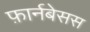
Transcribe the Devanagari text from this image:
फ़ार्नबेसस